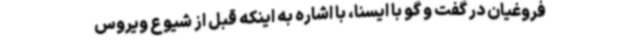
فروغیان در گفت و گو با ایسنا، با اشاره به اینکه قبل از شیوع ویروس